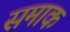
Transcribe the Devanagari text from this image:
समाक